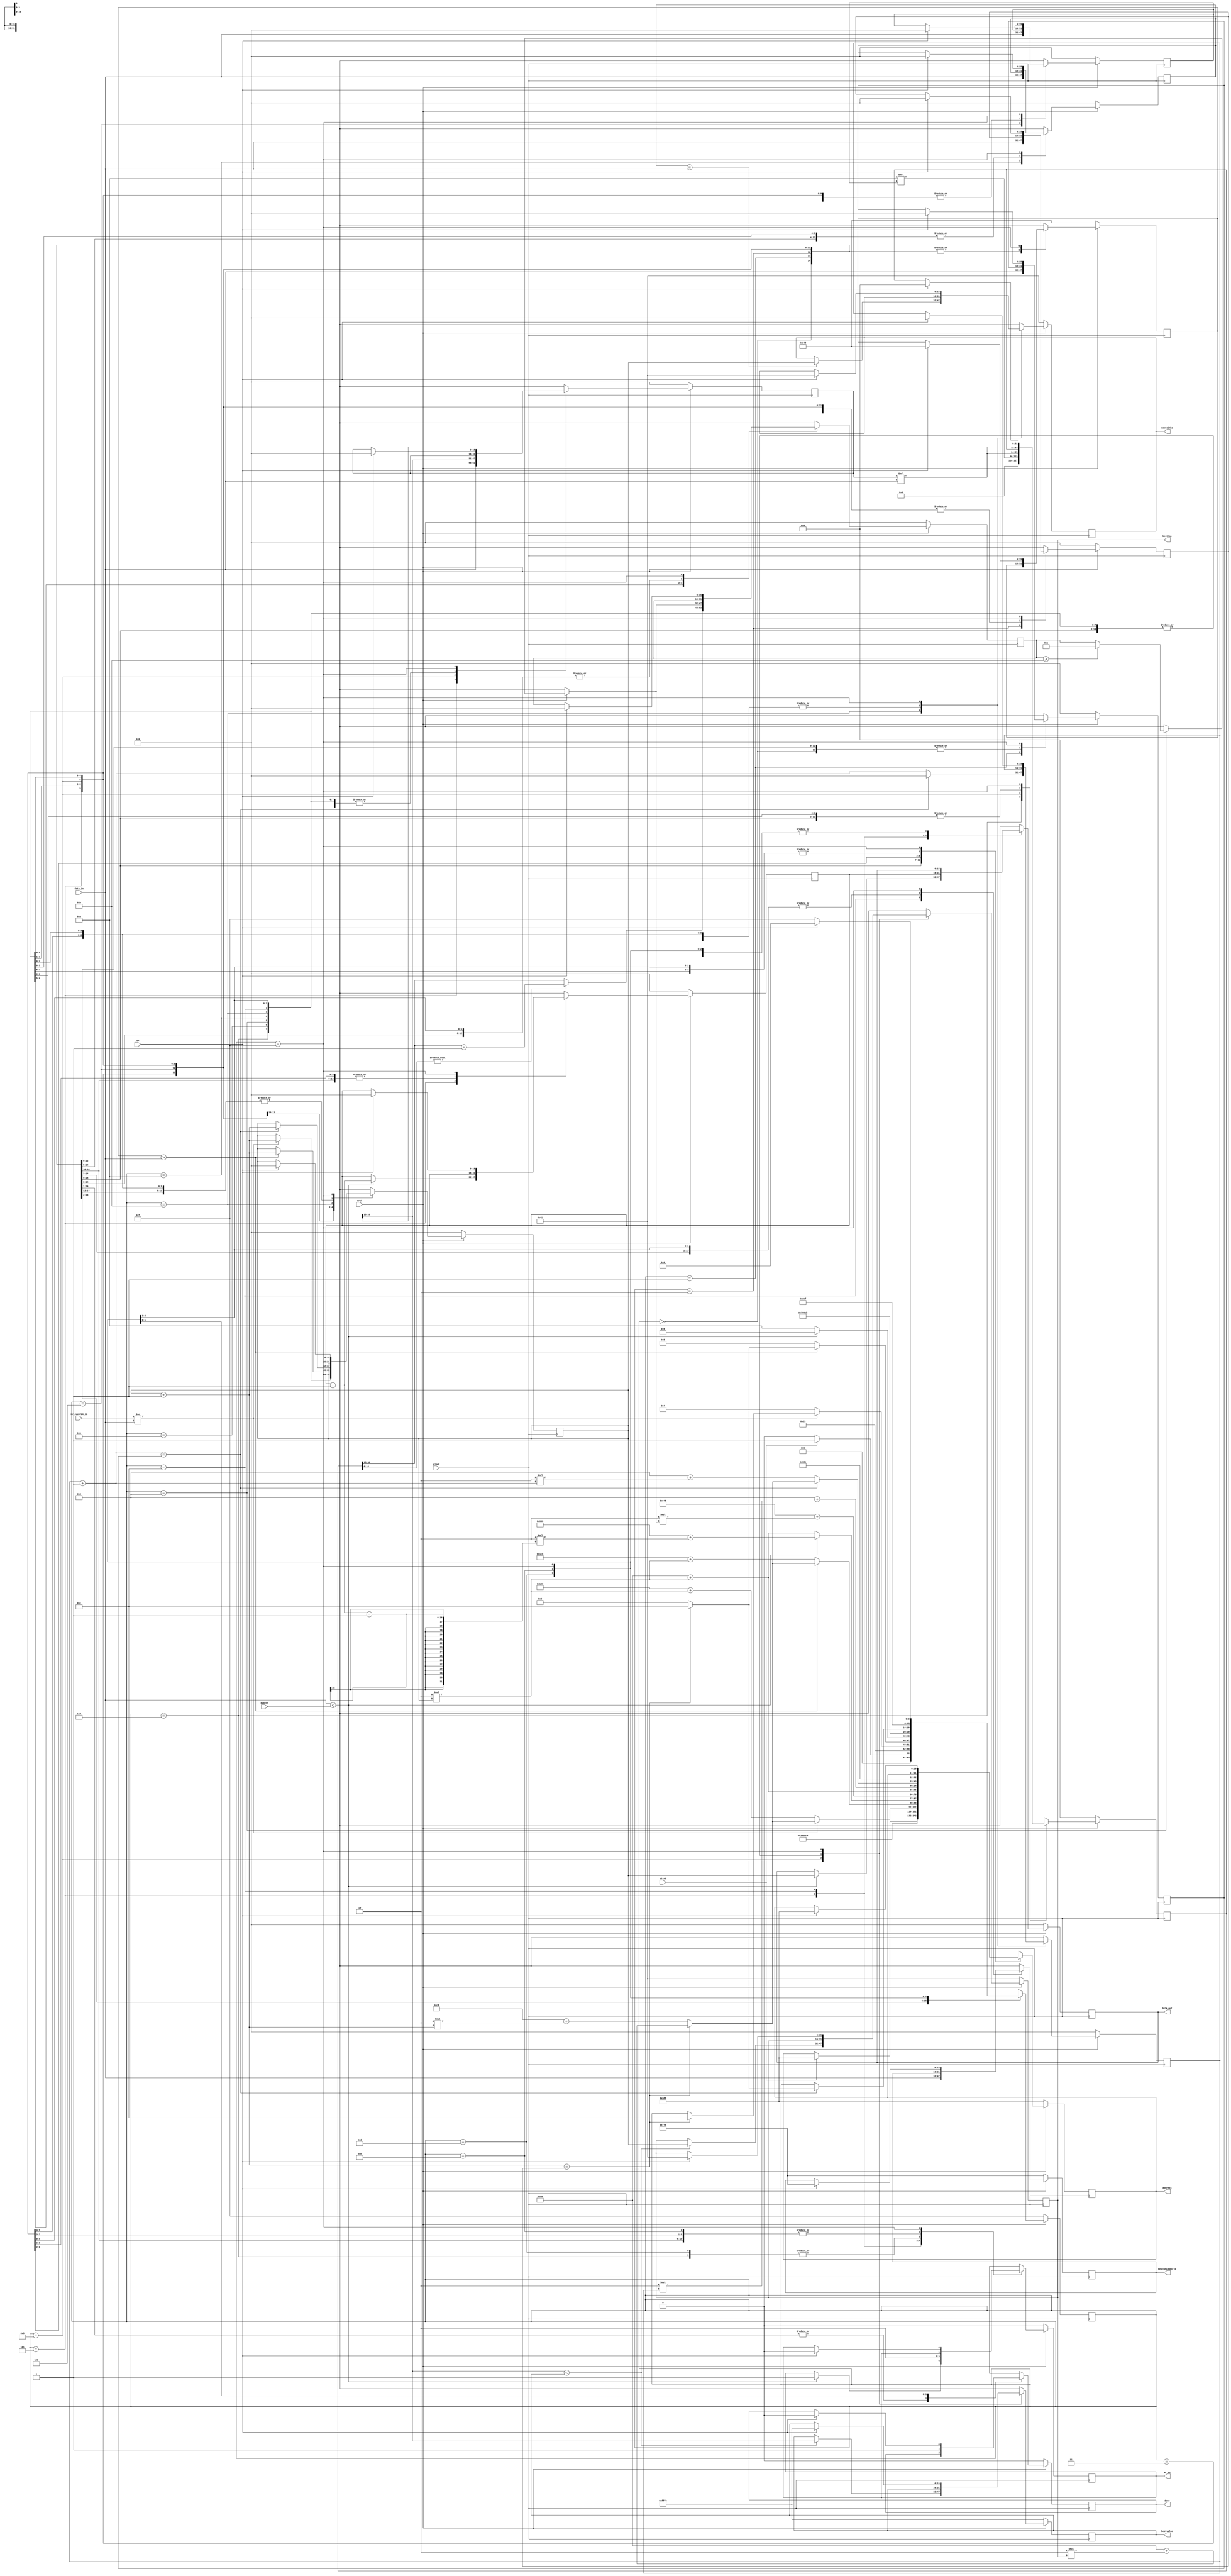
`timescale 1ns/1ps
`define WORD_WIDTH 16
`define HCM_LENGTH 11

/* States
 * 0: Check if neighbor is in my cluster
 * 1: Check if neighbor is still alive, get batteryStat
 * 2: Check if neighbor qValue <= mybest (betterneighbors)
 * 3: Compute bestvalue
 * 4: Get neighborID
 * 5: Get knownSinks and check if I have neighbor sinks (nextsinks)
 * 6: Get bestneighborID
 * 
 * Note: Gagawin pang fixed-point yung mga values
 */

module betterNeighborsInMyCluster(clock, nrst, en, start, address, wr_en, data_in, MY_CLUSTER_ID, mybest, besthop, bestvalue, bestneighborID, nextsinks, data_out, done);
	input clock, nrst, en, start;
	input [`WORD_WIDTH-1:0] data_in, MY_CLUSTER_ID;
	input [`WORD_WIDTH-1:0] mybest; // fixed-point
	output done, wr_en;
	output [10:0] address;
	output [`WORD_WIDTH-1:0] data_out;
	output [`WORD_WIDTH-1:0] besthop, bestneighborID, nextsinks;
	output [`WORD_WIDTH-1:0] bestvalue; // fixed-point

	// Registers
	reg done_buf, wr_en_buf;
	reg [10:0] address_count;
	reg [`WORD_WIDTH-1:0] data_out_buf, i, j, k;
	reg [`WORD_WIDTH-1:0] knownSinkCount, neighborCount, clusterID, neighborID, knownSinks, betterneighbors, betterneighborCount, besthop_buf, bestneighborID_buf, nextsinks_buf;
	reg [`WORD_WIDTH-1:0] BATTERY_THRESHOLD, batteryStat, qValue, bestvalue_buf, HCM; // fixed-point
	reg [3:0] state;
	reg [31:0] fpTemp;
	/**
	
		FIXED POINT:
		- BATTERY_THRESHOLD 1./15
		- batteryStat 1./15
		- qValue 11./5
		- bestvalue_buf 11./5
		- HCM 3./13
	 */
/*
	always @ (posedge clock) begin
		if (!nrst)
			knownSinkCount = 0;
		else
			if (state == 4'd1)
				knownSinkCount = data_in;
	end
*/
	always @ (posedge clock) begin
		if (!nrst) begin
			done_buf = 0;
			wr_en_buf = 0;
			address_count = 11'h688; // knownSinkCount address
			data_out_buf = 16'h0;
			betterneighbors = 16'h0;
			betterneighborCount = 16'h0;
			besthop_buf = 16'd65;
			bestvalue_buf  = 16'hFFFE; //fixed-point
			BATTERY_THRESHOLD = 16'h148; // fixed-point (0.01)
			nextsinks_buf = 16'd65;
			bestneighborID_buf = 16'hFFE;
			state = 4'd15;
			i = 0; // neighbors index
			j = 0; // knownSinks index
			k = 0; // HCM idex
			HCM = 0;
			batteryStat = 0;
			clusterID = 0;
			fpTemp = 0;
			knownSinkCount = 0;
			knownSinks = 0;
			neighborCount = 0;
			neighborID = 0;
			qValue = 0;
		end
		else begin
			case (state)
				4'd0: begin
					if (start) begin
						state = 4'd1;
						address_count = 11'h688; // knownSinkCount address
					end
					else state = 4'd0;
				end

				4'd1: begin
					knownSinkCount = data_in;
					state = 4'd2;
					address_count = 11'h68A; // neighborCount address
				end

				4'd2: begin
					neighborCount = data_in;
					state = 4'd3;
					address_count = 11'hC8; // clusterID address
				end
				
				4'd3: begin
					clusterID = data_in;

					if (MY_CLUSTER_ID != clusterID) begin
						$display("Neighbor does not belong in my cluster. %d", i);
						i = i + 1;
						address_count = 11'hC8 + 2*i; // clusterID address

						if (i == neighborCount) begin
							state = 4'd12;
							address_count = 11'h48 + 2*besthop_buf; // bestneighborID address
						end
					end
					else begin
						state = 4'd4;
						address_count = 11'h148 + 2*i; // batteryStat address
					end
				end

				4'd4: begin
					batteryStat = data_in; 
					
					if (BATTERY_THRESHOLD > batteryStat) begin
						$display("Low batteryStat: %b, %d", batteryStat, i);
						i = i + 1;
						state = 4'd3;
						address_count = 11'hC8 + 2*i; // clusterID address
		
						if (i == neighborCount) begin
							state = 4'd12;
							address_count = 11'h48 + 2*besthop_buf; // bestneighborID address
						end
					end
					else begin
						state = 4'd5;
						address_count = 11'h1C8 + 2*i; // qValue address
					end
				end

				4'd5: begin
					qValue = data_in;
					$display("MADE IT HERE1");
					if (qValue <= mybest) begin // fixed-point comparison
						$display("MADE IT HERE2");
						betterneighborCount = betterneighborCount + 1;
						betterneighbors = i;
						$display("betterneighborCount, betterneighbors: %d, %d", betterneighborCount, betterneighbors);
						state = 4'd6;
						data_out_buf = betterneighbors;
						address_count = 11'h668 + 2*(betterneighborCount-1);
						wr_en_buf = 1;
					end
					else begin
						state = 4'd10;
						address_count = 11'h48 + 2*i; // neighborID address
					end
				end

				4'd6: begin
					//k = $ceil((`HCM_LENGTH-1) * batteryStat); // fixed-point multiplication
					wr_en_buf = 0;
					fpTemp = (`HCM_LENGTH-1) * batteryStat; // 16.0 * 1.15 = 17.15
					state = 4'd7;
				end
				4'd7: begin
					if(fpTemp[14:0] != 15'd0) 
						k = fpTemp[30:15] + 1;
					else
						k = fpTemp[30:15];
					state = 4'd8;
				end
				4'd8: begin
					if (k >= `HCM_LENGTH)
						k = `HCM_LENGTH - 1;

					address_count = 11'h648 + 2*k; // HCM address

					state = 4'd9;
				end
				4'd9: begin
					HCM = data_in;
					//qValue = qValue * HCM; // fixed-point multiplication
					fpTemp = qValue * HCM; //11./5 * 3./13 = 14./18
					qValue = fpTemp[28:13]; //14./18 ===> 11./5

					if (qValue < bestvalue_buf) begin // fixed-point comparison
						besthop_buf = i;
						bestvalue_buf = qValue;
					end

					state = 4'd10;
					address_count = 11'h48 + 2*i; // neighborID address
				end

				4'd10: begin
					neighborID = data_in;
					state = 4'd11;
					address_count = 11'h8 + 2*j; // knownSinks address
				end

				4'd11: begin
					knownSinks = data_in;
					// $display("%d,%d,%d,%d,%d,%d,%d", batteryStat, qValue, k, neighborID, knownSinks, i, j);
					// If there is a neighbor sink in my cluster, send my packet to that sink!
					if (neighborID == knownSinks) begin
						nextsinks_buf = i;
						$display("I have neighbor sink in my cluster: %d", nextsinks_buf);
					end

					j = j + 1;
					address_count = 11'h8 + 2*j; // knownSinks address

					if (j == knownSinkCount) begin
						j = 0;
						i = i + 1;
						state = 4'd3;
						address_count = 11'hC8 + 2*i; // clusterID address
						
						if (i == neighborCount) begin
							state = 4'd12;
							address_count = 11'h48 + 2*besthop_buf; // bestneighborID address
						end
					end

				end

				4'd12: begin
					bestneighborID_buf = data_in;
					$display("besthop, bestvalue, bestneighborID: %d, %b, %d", besthop, bestvalue, bestneighborID);
					state = 13;
					data_out_buf = betterneighborCount;
					address_count = 11'h68C; // betterneighborCount address
					wr_en_buf = 1;
				end

				4'd13: begin
					wr_en_buf = 0;
					state = 4'd14;
				end

				4'd14: begin
					done_buf = 1;
					state = 4'd15;
				end

				4'd15: begin
					if (en) begin
						done_buf = 0;
						wr_en_buf = 0;
						address_count = 11'h688; // knownSinkCount address
						betterneighbors = 16'h0;
						betterneighborCount = 16'h0;
						besthop_buf = 16'd65;
						bestvalue_buf  = 16'hFFFE; //fixed-point
						BATTERY_THRESHOLD = 16'h148; // fixed-point (0.01)
						nextsinks_buf = 16'd65;
						bestneighborID_buf = 16'hFFE;
						state = 4'd0;
						i = 0;
						j = 0;
						k = 0;
						HCM = 0;
						batteryStat = 0;
						clusterID = 0;
						fpTemp = 0;
						knownSinkCount = 0;
						knownSinks = 0;
						neighborCount = 0;
						neighborID = 0;
						qValue = 0;
					end
					else state = 4'd15; 
				end

				default: state = 4'd15;
			endcase
		end
	end

	assign done = done_buf;
	assign address = address_count;
	assign wr_en = wr_en_buf;
	assign besthop = besthop_buf;
	assign bestvalue = bestvalue_buf;
	assign bestneighborID = bestneighborID_buf;
	assign nextsinks = nextsinks_buf;
	assign data_out = data_out_buf;
endmodule